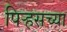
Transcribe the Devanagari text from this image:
पिर्‍हसच्या